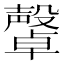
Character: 𣫜